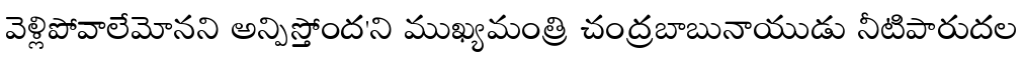
వెళ్లిపోవాలేమోనని అన్పిస్తోంద'ని ముఖ్యమంత్రి చంద్రబాబునాయుడు నీటిపారుదల